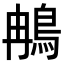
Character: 𬷇